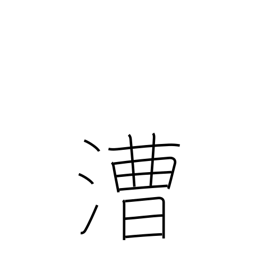
Meaning: rowing